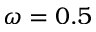
\omega = 0 . 5